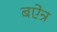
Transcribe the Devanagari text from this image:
बऐन्र